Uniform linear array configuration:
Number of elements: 16
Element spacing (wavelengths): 0.75
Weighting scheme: hamming
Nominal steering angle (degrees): -30
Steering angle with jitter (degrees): -30.994
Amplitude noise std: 0.05
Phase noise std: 0.05

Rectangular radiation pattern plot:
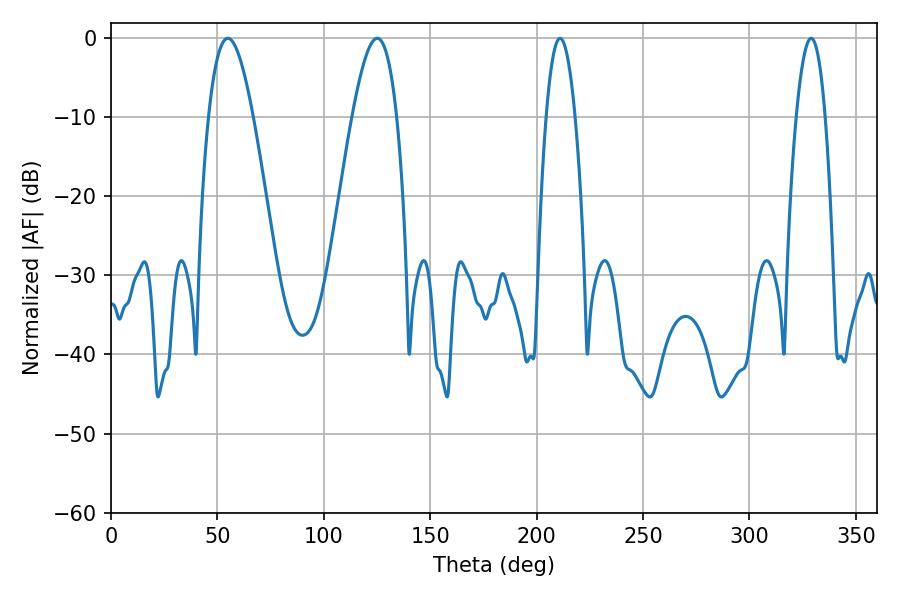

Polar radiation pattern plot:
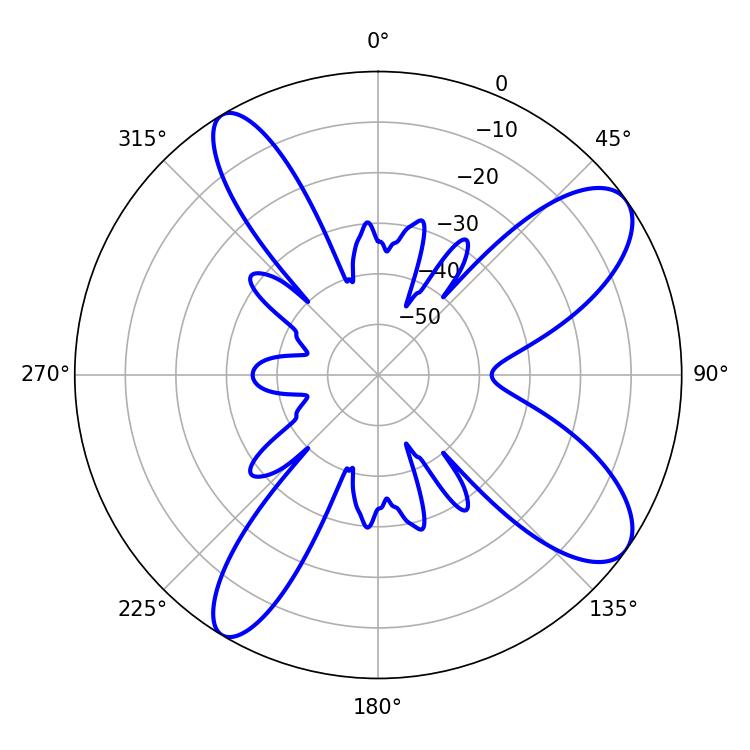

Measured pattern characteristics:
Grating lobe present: TRUE
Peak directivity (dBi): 9.809
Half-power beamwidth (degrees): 11.34
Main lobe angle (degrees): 54.9